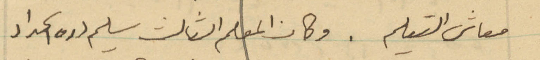
معاش التعليم. وكان المعلم الثالث سليم دره الحداد